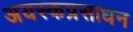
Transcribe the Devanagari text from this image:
अयस्कप्रसाधन